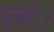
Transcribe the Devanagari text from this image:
पायो।।